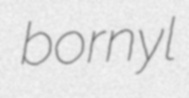
bornyl